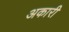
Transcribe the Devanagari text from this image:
अकारी